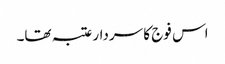
اس فوج کا سردار عتبہ تھا۔